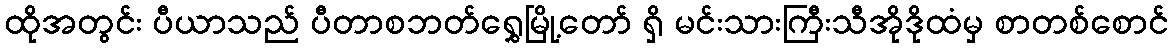
ထိုအတွင်း ပီယာသည် ပီတာစဘတ်ရွှေမြို့တော် ရှိ မင်းသားကြီးသီအိုဒိုထံမှ စာတစ်စောင်